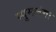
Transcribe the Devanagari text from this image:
म्पुमलंगा